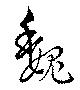
魏